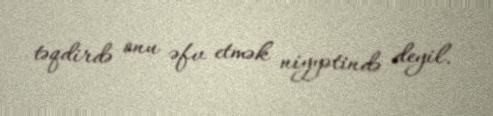
təqdirdə onu əfv etmək niyyətində deyil.